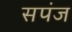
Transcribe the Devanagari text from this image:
सपंज